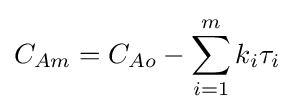
C_{Am}=C_{Ao}-\sum _{i=1}^{m}k_{i}\tau _{i}